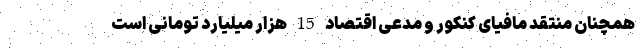
همچنان منتقد مافیای کنکور و مدعی اقتصاد 15 هزار میلیارد تومانی است